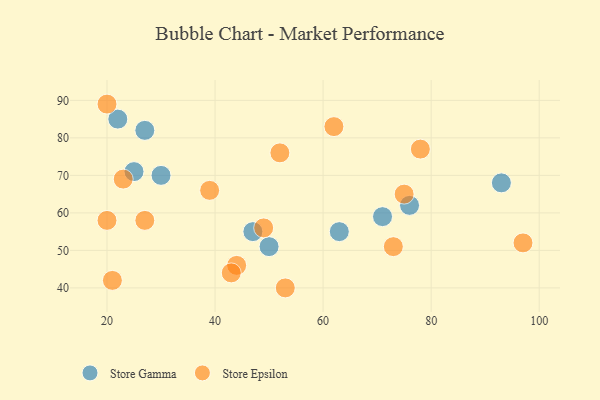
{"axis": {"x": "GDP", "y": "Life Expectancy"}, "legend": ["Store Epsilon", "Store Gamma"], "data": [{"x": "63", "y": 55, "type": "Store Gamma"}, {"x": "47", "y": 55, "type": "Store Gamma"}, {"x": "71", "y": 59, "type": "Store Gamma"}, {"x": "22", "y": 85, "type": "Store Gamma"}, {"x": "76", "y": 62, "type": "Store Gamma"}, {"x": "30", "y": 70, "type": "Store Gamma"}, {"x": "50", "y": 51, "type": "Store Gamma"}, {"x": "25", "y": 71, "type": "Store Gamma"}, {"x": "27", "y": 82, "type": "Store Gamma"}, {"x": "93", "y": 68, "type": "Store Gamma"}, {"x": "20", "y": 58, "type": "Store Epsilon"}, {"x": "73", "y": 51, "type": "Store Epsilon"}, {"x": "39", "y": 66, "type": "Store Epsilon"}, {"x": "53", "y": 40, "type": "Store Epsilon"}, {"x": "27", "y": 58, "type": "Store Epsilon"}, {"x": "23", "y": 69, "type": "Store Epsilon"}, {"x": "21", "y": 42, "type": "Store Epsilon"}, {"x": "44", "y": 46, "type": "Store Epsilon"}, {"x": "78", "y": 77, "type": "Store Epsilon"}, {"x": "43", "y": 44, "type": "Store Epsilon"}, {"x": "62", "y": 83, "type": "Store Epsilon"}, {"x": "97", "y": 52, "type": "Store Epsilon"}, {"x": "49", "y": 56, "type": "Store Epsilon"}, {"x": "20", "y": 89, "type": "Store Epsilon"}, {"x": "75", "y": 65, "type": "Store Epsilon"}, {"x": "52", "y": 76, "type": "Store Epsilon"}]}